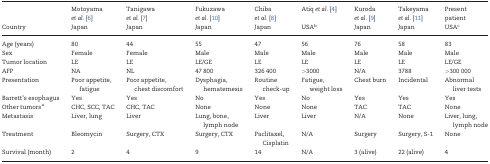
|  | Motoyama et al. [6] | Tanigawa et al. [7] | Fukuzawa et al. [10] | Chiba et al. [8] | Atiq et al. [4] | Kuroda et al. [9] | Takeyama et al. [11] | Present patient |
 | Country | Japan | Japan | Japan | Japan | USAb | Japan | Japan | USAc |
 | --- | --- | --- | --- | --- | --- | --- | --- | --- |
 | Age (years) | 80 | 44 | 55 | 47 | 56 | 76 | 58 | 83 |
 | Sex | Female | Female | Male | Male | Male | Male | Male | Male |
 | Tumor location | LE | LE | LE/GE | LE | LE | LE | LE | LE/GE |
 | AFP | NA | NL | 47 800 | 326 400 | >3000 | N/A | 3788 | >300 000 |
 | Presentation | Poor appetite, fatigue | Poor appetite, chest discomfort | Dysphagia, hematemesis | Routine check-up | Fatigue, weight loss | Chest burn | Incidental | Abnormal liver tests |
 | Barrett’s esophagus | Yes | Yes | No | Yes | No | Yes | Yes | Yes |
 | Other tumorsa | CHC, SCC, TAC | CHC, TAC | None | None | None | TAC | TAC | None |
 | Metastasis | Liver, lung | Liver | Lung, bone, lymph node | Liver | Liver | N/A | None | Liver, lung, lymph node |
 | Treatment | Bleomycin | Surgery, CTX | Surgery, CTX | Paclitaxel, Cisplatin | N/A | Surgery | Surgery, S-1 | None |
 | Survival (month) | 2 | 4 | 9 | 14 | N/A | 3 (alive) | 22 (alive) | 4 |